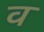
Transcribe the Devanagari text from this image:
व